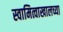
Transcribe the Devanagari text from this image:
स्वामित्वाखालच्या